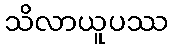
သိလာယူပဿ